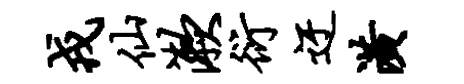
戎仙漱衍迂潢